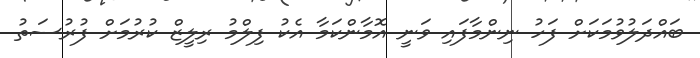
ބައްދަލުވުމަކަށް ފަހު ނިންމާފައި ވަނީ އޮމާންކަމާ އެކު ފިލްމު ރިލީޒް ކުރުމަށް ފުރުސަތު